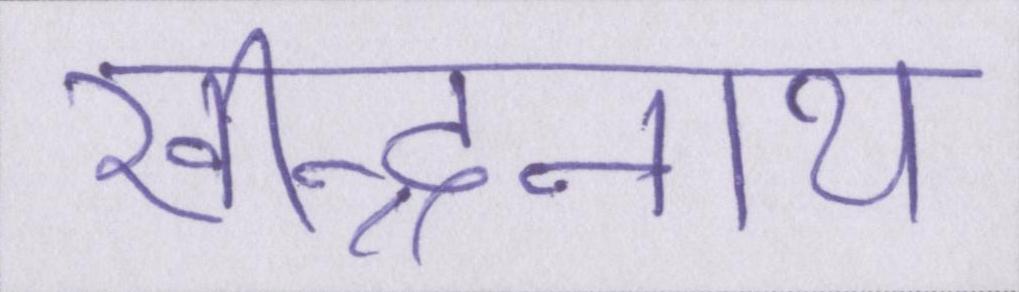
रवीन्द्रनाथ